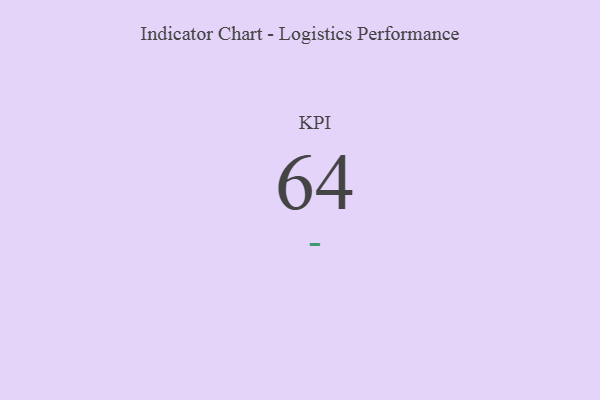
{"axis": {"x": "KPI", "y": "Value"}, "legend": [""], "data": [{"x": "KPI", "y": 64, "type": ""}]}